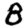
Digit: 8